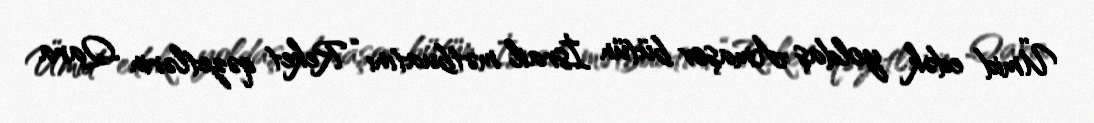
Ümid edək yoldaş Amaşov bütün İsrail mətbuatını “Reket qəzetlərin Qara